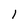
Character: l